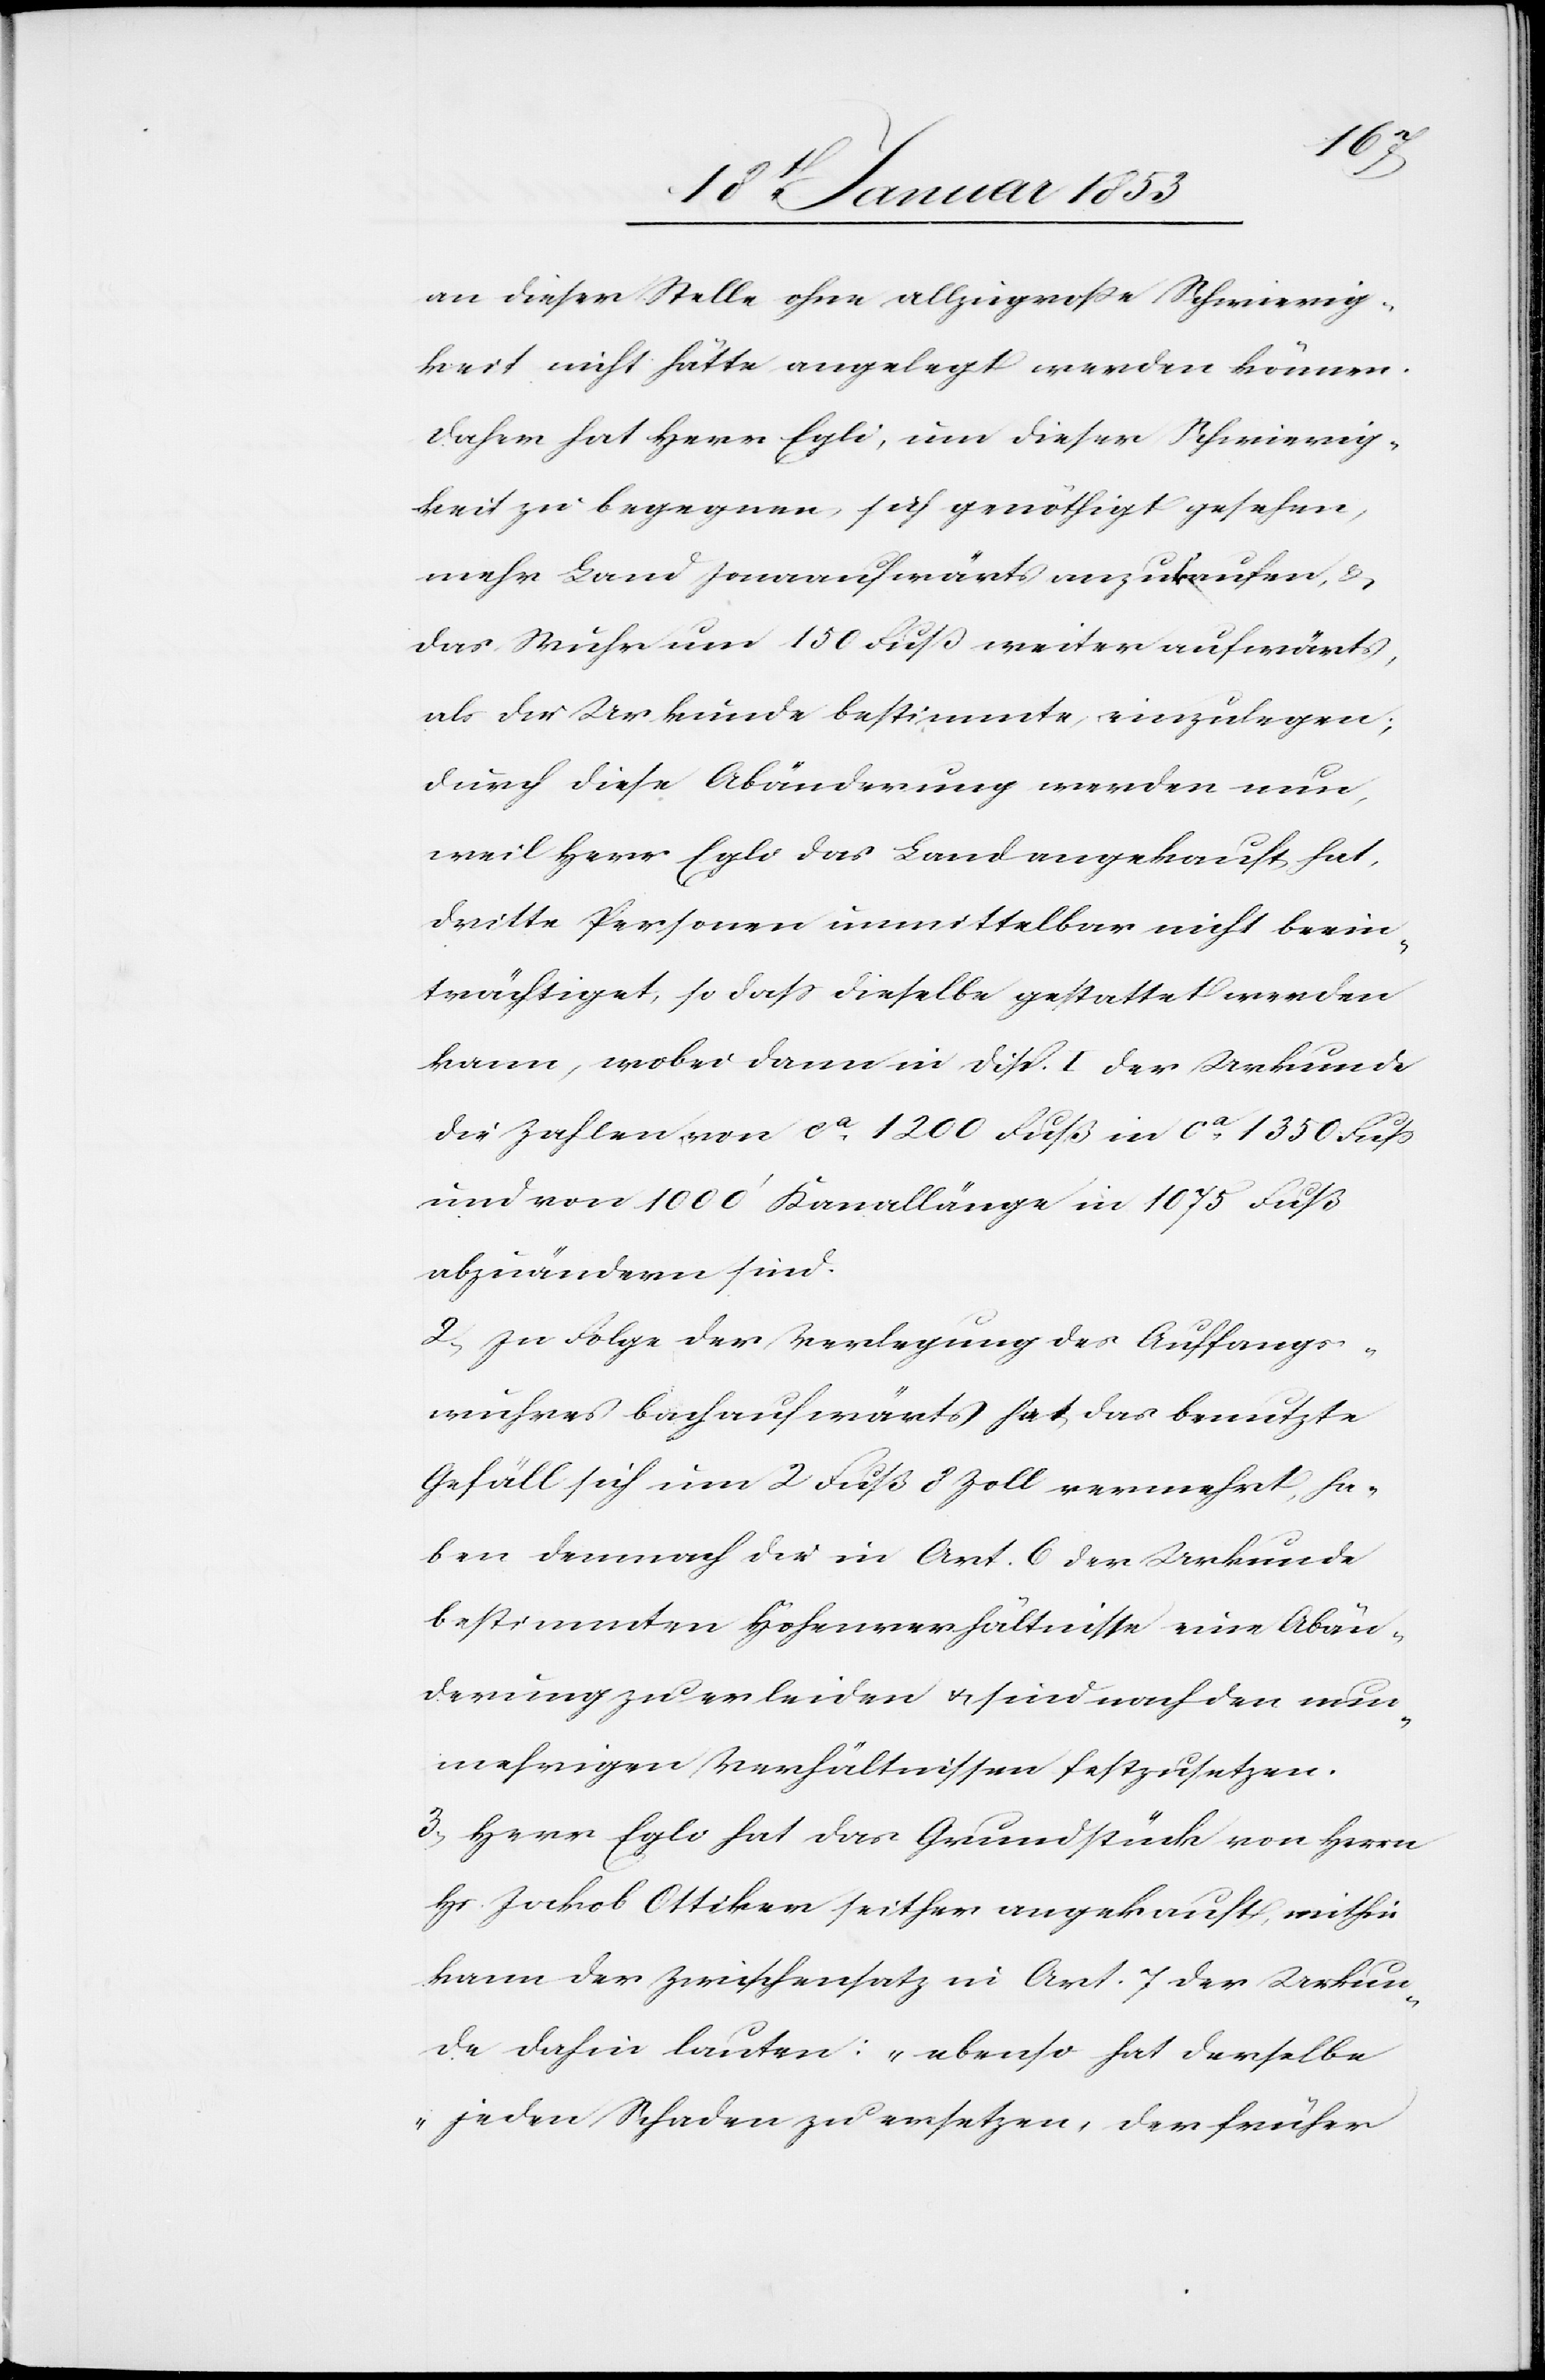
an dieser Stelle ohne allzugroße Schwierig¬
keit nicht hätte angelegt werden können.
Daher hat Herr Egli, um dieser Schwierig¬
keit zu begegnen sich genöthigt gesehen,
mehr Land jonaaufwärts anzukaufen, u.
das Wuhr um 150 Fuß weiter aufwärts,
als die Urkunde bestimmte einzulegen;
durch diese Abänderung werden nun,
weil Herr Egli das Land angekauft hat,
dritte Personen unmittelbar nicht beein¬
trächtigt, so daß dieselbe gestattet werden
kann, wobei dann in disp. I. der Urkunde
die Zahlen von ca. 1200 Fuß in ca. 1350 Fuß
und von 1000’ Kanallänge in 1075 Fuß
abzuändern sind.
2. zu Folge der Verlegung des Auffang¬
wuhres bachaufwärts hat das benutzte
Gefäll sich um 2 Fuß 8 Zoll vermehrt, ha¬
ben demnach die in Art. 6 der Urkunde
bestimmten Höhenverhältnisse eine Abän¬
derung zuerleiden u. sind nach den nun¬
mehrigen Verhältnissen festzusetzen.
3. Herr Egli hat das Grundstück von Herrn
Hr. Jakob Ottiker seither angekauft, mithin
kann der Zwischensatz in Art. 7 der Urkun¬
de dahin lauten: „ebenso hat derselbe
jeden Schaden zu ersetzen, der früher